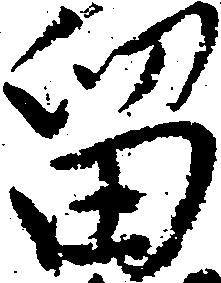
留